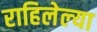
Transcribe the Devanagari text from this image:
राहिलेल्‍या